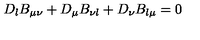
D _ { \l } B _ { \mu \nu } + D _ { \mu } B _ { \nu \l } + D _ { \nu } B _ { \l \mu } = 0